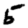
Digit: 5